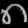
Digit: ၈